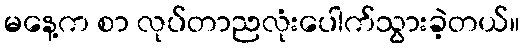
မနေ့က စာ လုပ်တာညလုံးပေါက်သွားခဲ့တယ်။